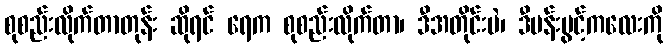
စုစည်းလိုက်တာတုန်း ဆိုရင် ရေက စုစည်းလိုက်တာ၊ ဒီအတိုင်းပဲ၊ ဒီပန်းပွင့်ကလေးကို